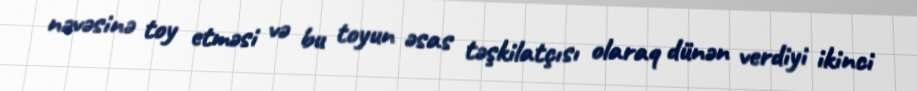
nəvəsinə toy etməsi və bu toyun əsas təşkilatçısı olaraq dünən verdiyi ikinci